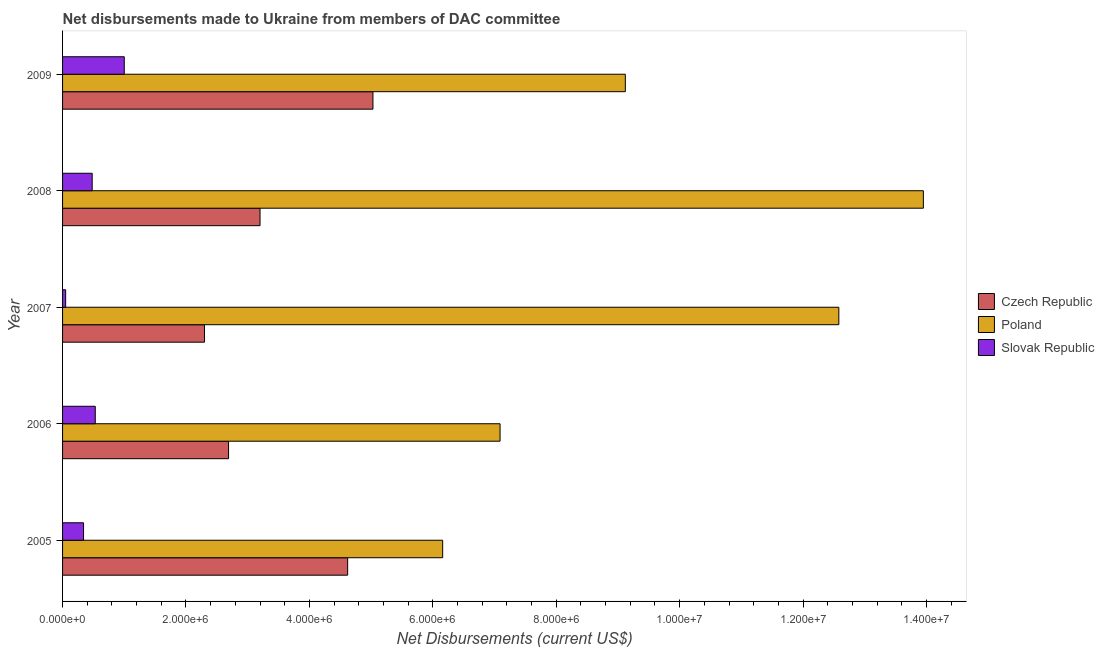
| Year | Czech Republic | Poland | Slovak Republic |
 | --- | --- | --- | --- |
 | 2005 | 4.62e+06 | 6.16e+06 | 3.4e+05 |
 | 2006 | 2.69e+06 | 7.09e+06 | 5.3e+05 |
 | 2007 | 2.3e+06 | 1.26e+07 | 5e+04 |
 | 2008 | 3.2e+06 | 1.4e+07 | 4.8e+05 |
 | 2009 | 5.03e+06 | 9.12e+06 | 1e+06 |